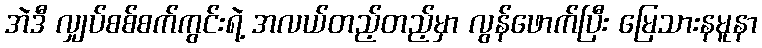
အဲဒီ လျှပ်စစ်စက်ကွင်းရဲ့ အလယ်တည့်တည့်မှာ လွန်ဖောက်ပြီး မြေသားနမူနာ